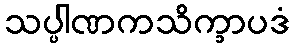
သပ္ပါဏကသိက္ခာပဒံ